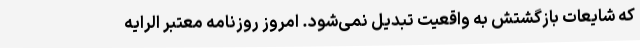
که شایعات بازگشتش به واقعیت تبدیل نمی‌شود. امروز روزنامه معتبر الرایه